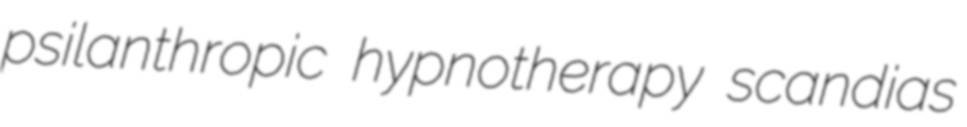
psilanthropic hypnotherapy scandias